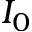
I _ { 0 }